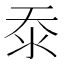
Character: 沗